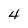
Character: 4